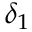
\delta _ { 1 }